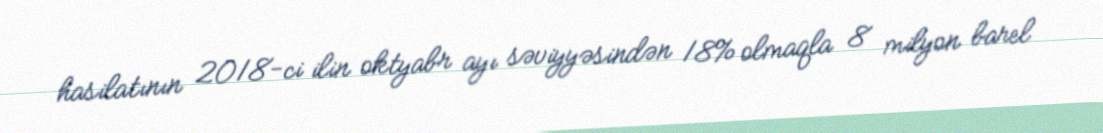
hasilatının 2018-ci ilin oktyabr ayı səviyyəsindən 18% olmaqla 8 milyon barel